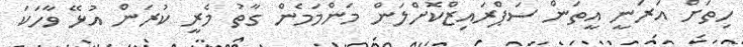
ހިތަށް އަރަނީ އީތަން ސަޕްރައިޒްކޮށްލަން މަންމަމެން ގާތު މެރީ ކުރަން އުޅޭ ވާހަކަ